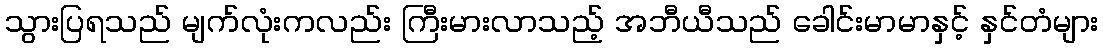
သွားပြရသည် မျက်လုံးကလည်း ကြီးမားလာသည့် အဘီယီသည် ခေါင်းမာမာနှင့် နှင်တံများ